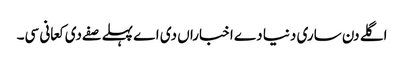
اگلے دن ساری دنیا دے اخباراں دی اے پہلے صفے دی کعانی سی۔